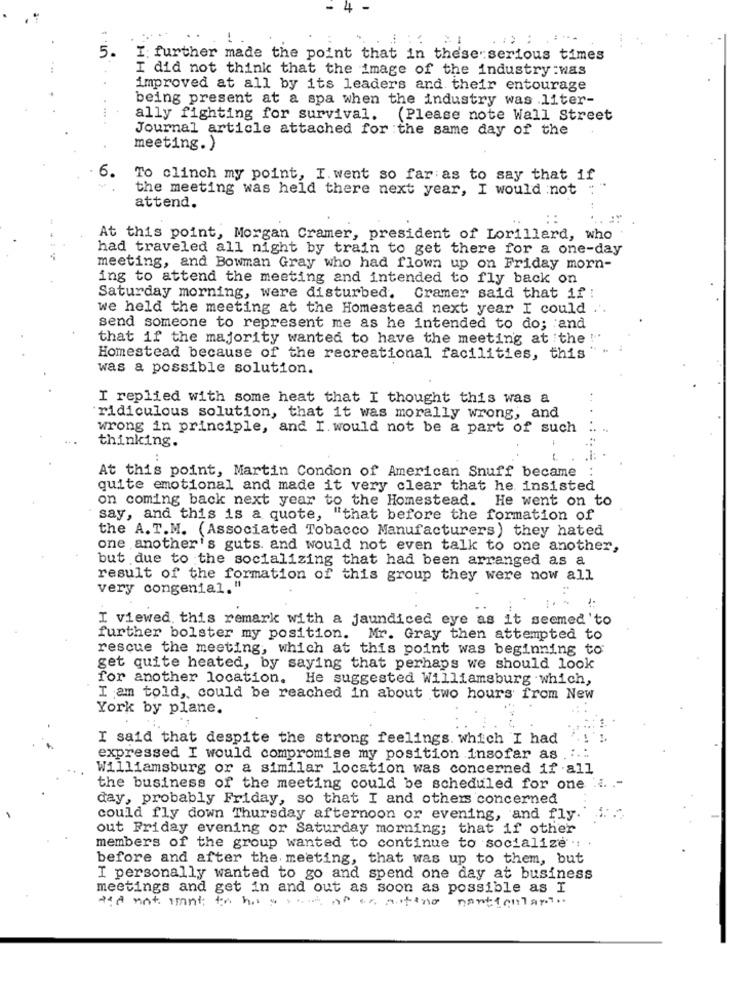
I: further made the point that in these serious times
I did not think that the image of the industry :was
improved at all by its leaders and their entourage
being present at a spa when the industry was liter-
ally fighting for survival.
(Please note Wall Street
Journal article attached for the same day of the
meeting.)
6.
To clinch my point, I. went so far as to say that if
the meeting was held there next year, I would not
attend.
At this point, Morgan Cramer, president of Lorillard, who
had traveled all night by train to get there for a one-day
meeting, and Bowman Gray who had flown up on Friday morn-
ing to attend the meeting and intended to fly back on
Saturday morning, were disturbed. Cramer said that if :
we held the meeting at the Homestead next year I could
send someone to represent me as he intended to do; and
that if the majority wanted to have the meeting at the !"
Homestead because of the recreational facilities, this
was a possible solution.
I replied with some heat that I thought this was a
ridiculous solution, that it was morally wrong, and
wrong in principle, and I. would not be a part of such
thinking.
At this point, Martin Condon of American Snuff became
quite emotional and made it very clear that he insisted
on coming back next year to the Homestead. He went on to
say, and this is a quote, "that before the formation of
the A. T.M. (Associated Tobacco Manufacturers) they hated
one another's guts. and would not even talk to one another,
but due to the socializing that had been arranged as a
result of the formation of this group they were now all
very congenial."
I viewed. this remark with a jaundiced eye as it seemed'to
further bolster my position. Mr. Gray then attempted to
rescue the meeting, which at this point was beginning to
get quite heated, by saying that perhaps we should look
for another location. He suggested Williamsburg which,
I am told, could be reached in about two hours from New
York by plane.
I said that despite the strong feelings. which I had
expressed I would compromise my position insofar as
Williamsburg or a similar location was concerned if .all
the business of the meeting could be scheduled for one ... .-
day, probably Friday, so that I and others concerned
could fly down Thursday afternoon or evening, and fly.
out Friday evening or Saturday morning; that if other
members of the group wanted to continue to socialize .:
before and after the meeting, that was up to them, but
I personally wanted to go and spend one day at business
meetings and get in and out as soon as possible as I
nonticular ..
tea not want to his a set of in auteno